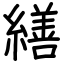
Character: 繕